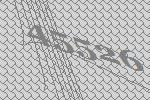
45526